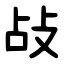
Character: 敁